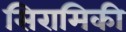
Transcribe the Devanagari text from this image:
सिरामिकी